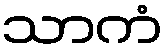
သာကံ